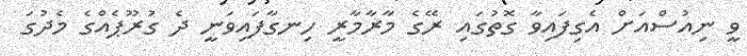
ވީ ނިއުސްއަށް އެގިފައިވާ ގޮތުގައި ރޭގެ މާރާމާރީ ހިނގާފައިވަނީ ދެ ގުރޫޕެއްގެ މެދުގަ